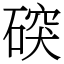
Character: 䃐